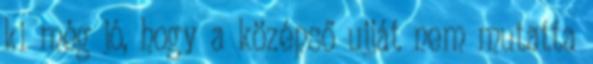
ki még jó, hogy a középső ujját nem mutatta